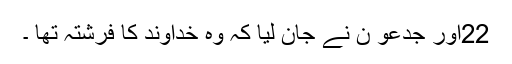
22اور جِدعو ن نے جان لِیا کہ وہ خُداوند کا فرِشتہ تھا ۔